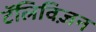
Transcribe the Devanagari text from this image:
टॅलिविज़न